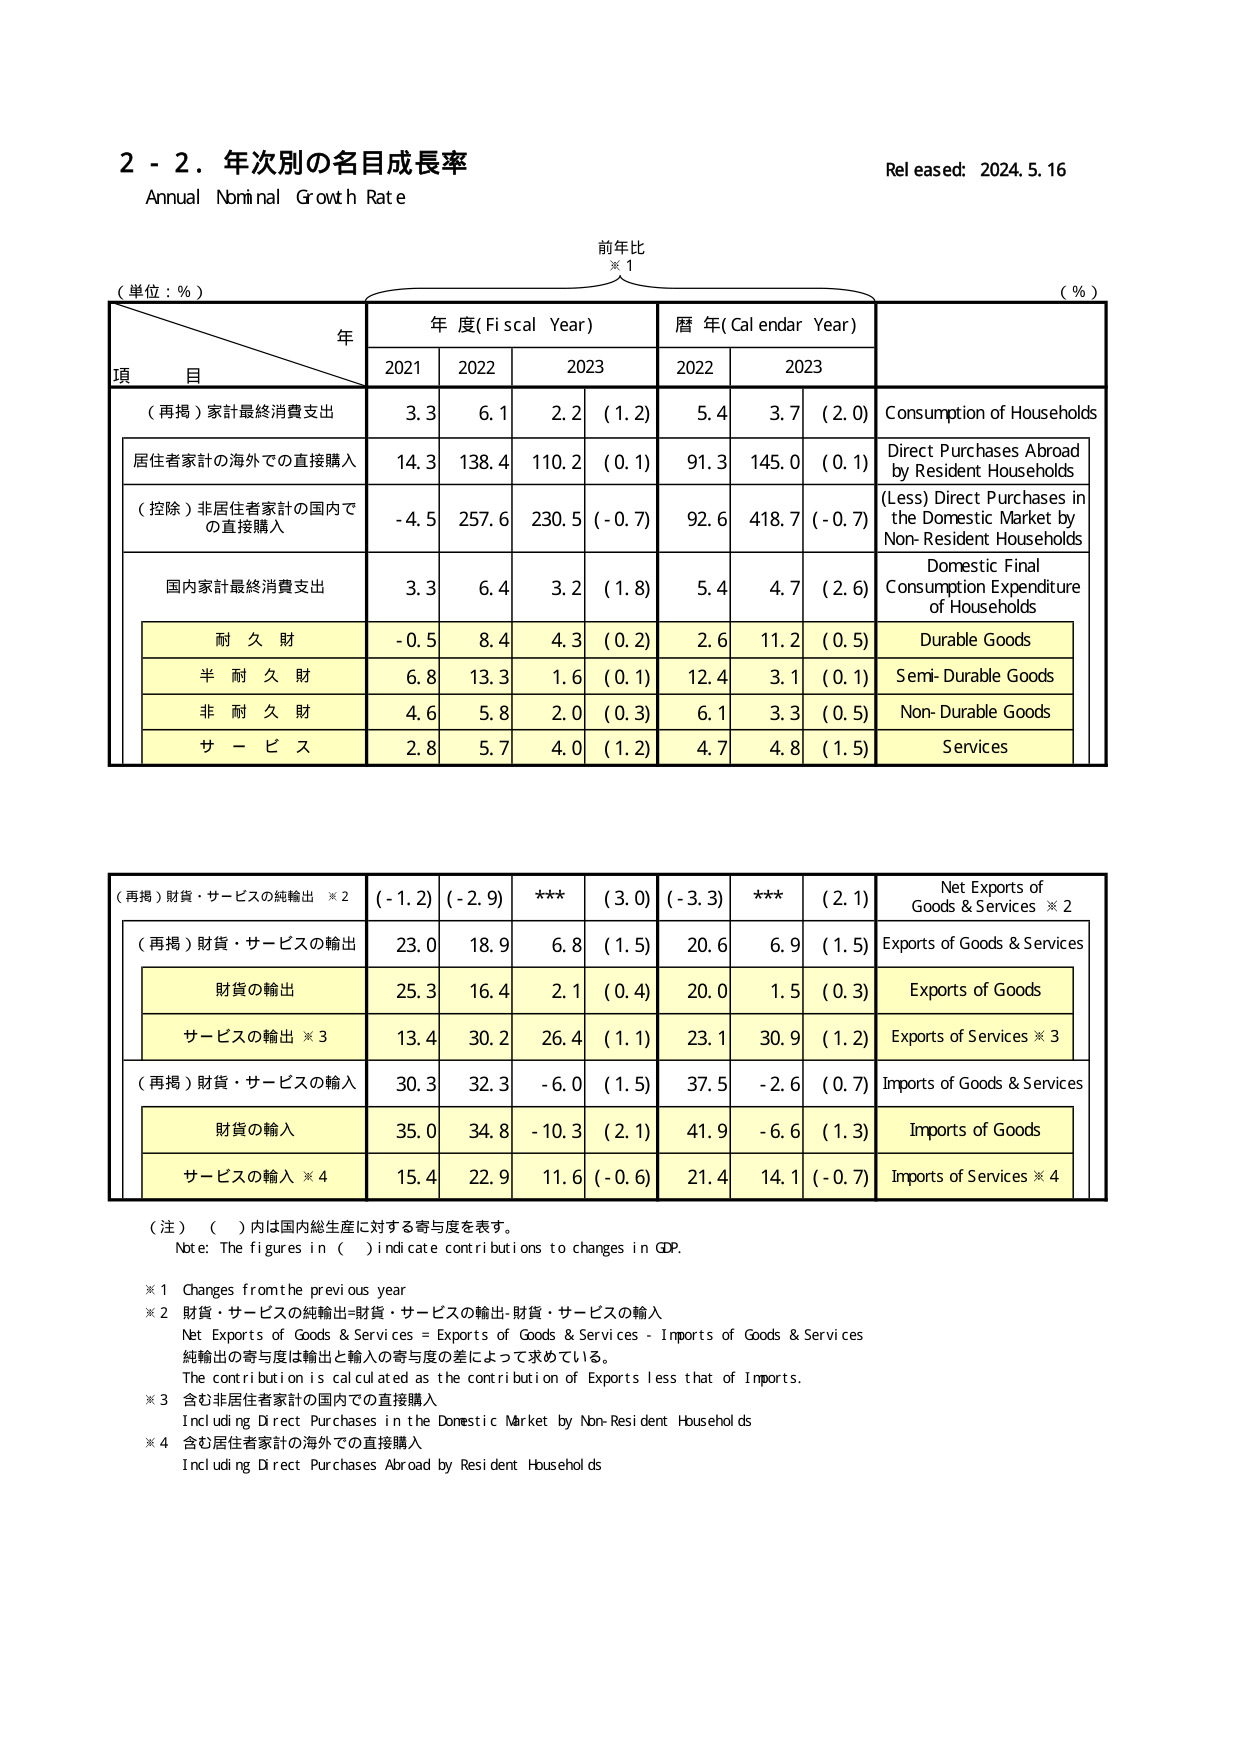
2 - 2. 年次別の名目成長率
Annual Nominal Growth Rate
Released: 2024.5.16

(単位：％)
前年比
※1
(％)

年
年度(Fiscal Year)
暦年(Calendar Year)

項目
2021
2022
2023
2022
2023

(再掲)家計最終消費支出
3.3
6.1
2.2 (1.2)
5.4
3.7 (2.0)
Consumption of Households

居住者家計の海外での直接購入
14.3
138.4
110.2 (0.1)
91.3
145.0 (0.1)
Direct Purchases Abroad by Resident Households

(控除)非居住者家計の国内での直接購入
-4.5
257.6
230.5 (-0.7)
92.6
418.7 (-0.7)
(Less) Direct Purchases in the Domestic Market by Non-Resident Households

国内家計最終消費支出
3.3
6.4
3.2 (1.8)
5.4
4.7 (2.6)
Domestic Final Consumption Expenditure of Households

耐久財
-0.5
8.4
4.3 (0.2)
2.6
11.2 (0.5)
Durable Goods

半耐久財
6.8
13.3
1.6 (0.1)
12.4
3.1 (0.1)
Semi-Durable Goods

非耐久財
4.6
5.8
2.0 (0.3)
6.1
3.3 (0.5)
Non-Durable Goods

サービス
2.8
5.7
4.0 (1.2)
4.7
4.8 (1.5)
Services

(再掲)財貨・サービスの純輸出 ※2
(-1.2)
(-2.9)
***
(3.0)
(-3.3)
***
(2.1)
Net Exports of Goods & Services ※2

(再掲)財貨・サービスの輸出
23.0
18.9
6.8 (1.5)
20.6
6.9 (1.5)
Exports of Goods & Services

財貨の輸出
25.3
16.4
2.1 (0.4)
20.0
1.5 (0.3)
Exports of Goods

サービスの輸出 ※3
13.4
30.2
26.4 (1.1)
23.1
30.9 (1.2)
Exports of Services ※3

(再掲)財貨・サービスの輸入
30.3
32.3
-6.0 (1.5)
37.5
-2.6 (0.7)
Imports of Goods & Services

財貨の輸入
35.0
34.8
-10.3 (2.1)
41.9
-6.6 (1.3)
Imports of Goods

サービスの輸入 ※4
15.4
22.9
11.6 (-0.6)
21.4
14.1 (-0.7)
Imports of Services ※4

(注) ( )内は国内総生産に対する寄与度を表す。
Note: The figures in ( ) indicate contributions to changes in GDP.

※1 Changes from the previous year
※2 財貨・サービスの純輸出=財貨・サービスの輸出-財貨・サービスの輸入
Net Exports of Goods & Services = Exports of Goods & Services - Imports of Goods & Services
純輸出の寄与度は輸出と輸入の寄与度の差によって求めている。
The contribution is calculated as the contribution of Exports less that of Imports.
※3 含む非居住者家計の国内での直接購入
Including Direct Purchases in the Domestic Market by Non-Resident Households
※4 含む居住者家計の海外での直接購入
Including Direct Purchases Abroad by Resident Households